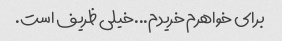
برای خواهرم خریدم...خیلی ظریف است.